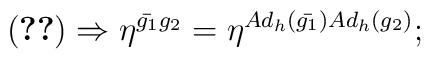
(\ref{metric})\Rightarrow     \eta^{{\bar{g_1}}g_2}=\eta^{Ad_h({\bar{g_1}})Ad_h(g_2)};